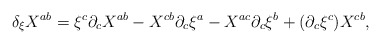
\begin{align*}\delta_\xi X^{a b} = \xi^c \partial_c X^{a b} - X^{c b}\partial_c \xi^a - X^{a c}\partial_c \xi^b + (\partial_c \xi^c) X^{c b},\end{align*}